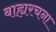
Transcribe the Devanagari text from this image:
बाह्यरचना